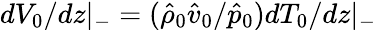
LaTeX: dV_{0}/dz|_{-}=(\hat{\rho}_{0}\hat{v}_{0}/\hat{p}_{0})dT_{0}/dz|_{-}